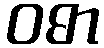
ဝဓာ